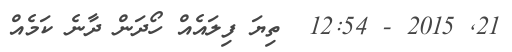
21